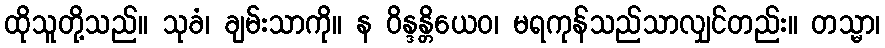
ထိုသူတို့သည်။ သုခံ၊ ချမ်းသာကို။ န ဝိန္ဒန္တိယေဝ၊ မရကုန်သည်သာလျှင်တည်း။ တသ္မာ၊